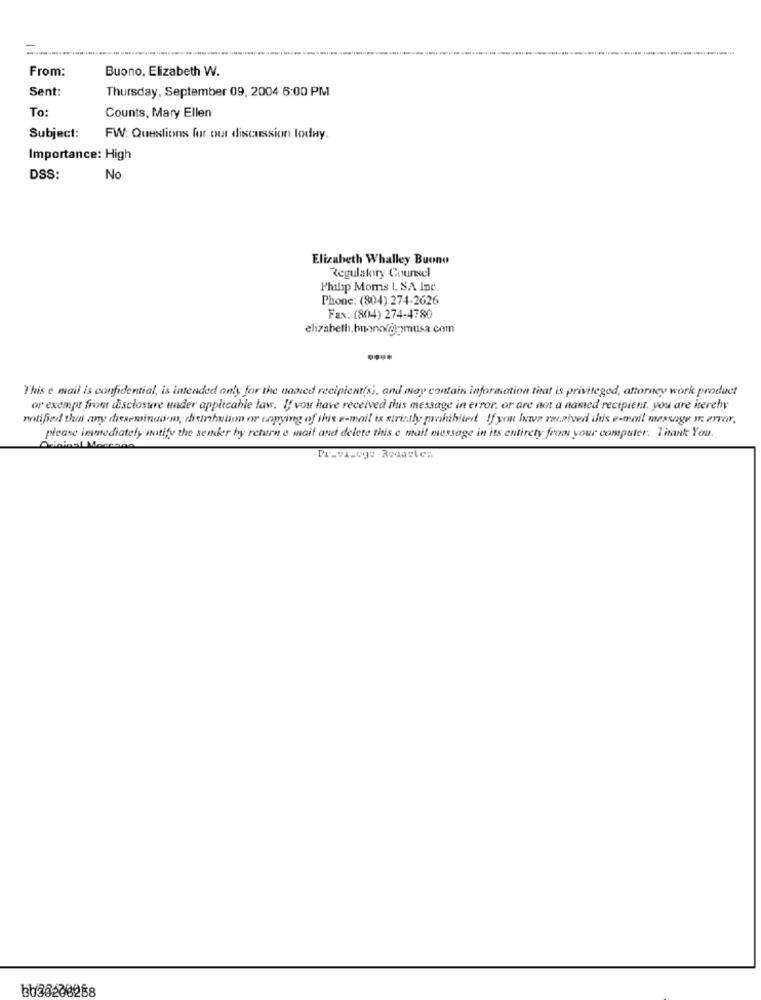
Buono, Elizabeth W.
From:
Sent:
Thursday, September 09, 2004 6:00 PM
To:
Counts, Mary Ellen
Subject:
FW: Questions for our discussion loday.
Importance: High
DSS:
No
Elizabeth Whalley Buono
Regulatory Counsel
Philip Moms LSA Inc.
Phone: (804) 274-2626
Fax: (804) 274-4780
elizabeth.buonofdpmusa.com
This e mail Is confidential, is intended only for the named recipient(s), and may contain information that is privileged, attorney work product
or exempt from disclosure under applicable law. If you have received this message in error, or are not a named recipient, you are hereby
notified that any disseminudow, distribution or copying of this e-mail is strictly prohibited. If you hva racaived this e-mail message m arror,
please immediately notify the sender by return e mail and delete this e mail message in its entirety from your computer. Thank You.
Lininal Moccac
Pr_vi-og: Rsaaste :.
bb20200258